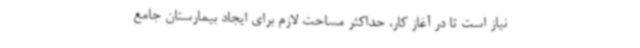
نیاز است تا در آغاز کار، حداکثر مساحت لازم برای ایجاد بیمارستان جامع